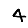
Digit: 4